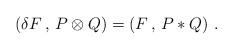
\begin{align*}(\delta F\, ,\, P\otimes Q) = (F\, ,\, P*Q) \ .\end{align*}